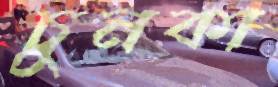
চুনকা